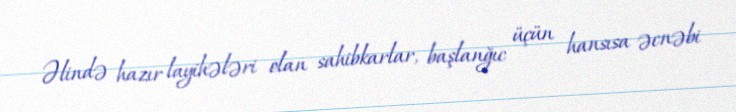
Əlində hazır layihələri olan sahibkarlar, başlanğıc üçün hansısa əcnəbi